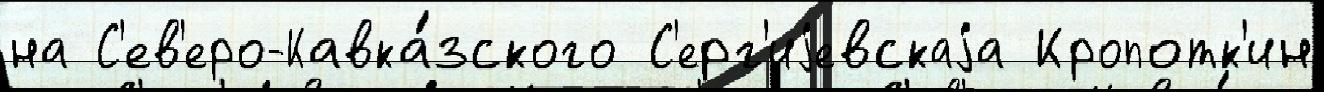
на С'ев'еро-Кавка́зского С'ерг'иjевскаjа Кропотк'ин